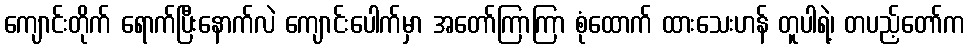
ကျောင်းတိုက် ရောက်ပြီးနောက်လဲ ကျောင်းပေါက်မှာ အတော်ကြာကြာ စုံထောက် ထားသေးဟန် တူပါရဲ့၊ တပည့်တော်က